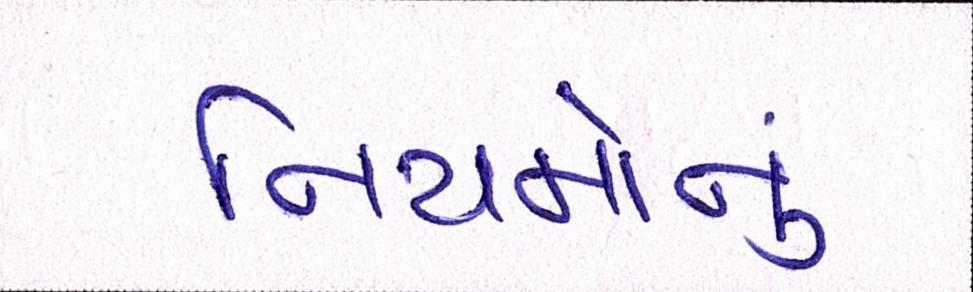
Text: નિયમોનું